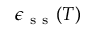
\epsilon _ { \mathrm { ~ s ~ s ~ } } ( T )